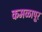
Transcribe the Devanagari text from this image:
कमळापूर